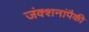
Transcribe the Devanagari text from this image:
जंक्शनांपैकी